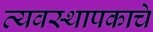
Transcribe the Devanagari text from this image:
व्यवस्थापकाचे